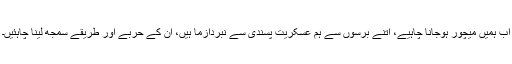
اب ہمیں میچور ہوجانا چاہیے، اتنے برسوں سے ہم عسکریت پسندی سے نبردآزما ہیں، ان کے حربے اور طریقے سمجھ لینا چاہئیں۔